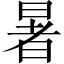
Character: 暑